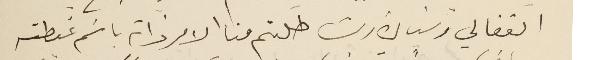
الفغالي وسَيادة ريشا طلبتم منا الامر ذاته باسَم غبطته